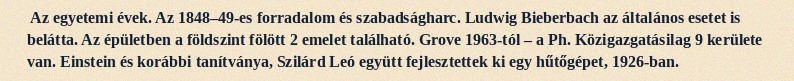
Az egyetemi évek. Az 1848–49-es forradalom és szabadságharc. Ludwig Bieberbach az általános esetet is belátta. Az épületben a földszint fölött 2 emelet található. Grove 1963-tól – a Ph. Közigazgatásilag 9 kerülete van. Einstein és korábbi tanítványa, Szilárd Leó együtt fejlesztettek ki egy hűtőgépet, 1926-ban.